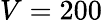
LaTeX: V=200